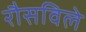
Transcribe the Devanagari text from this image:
रौसविले